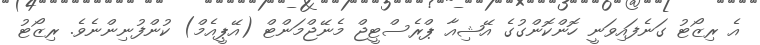
އެ ރިޒޯޓު ގަނެފައިވަނީ ހޮންކޮންގުގެ އޭޝިއާ ޕްރެސްޓީޖް މެނޭޖްމަންޓް (އޭޕީއެމް) ކުންފުނިންނެވެ. ރިޒޯޓު